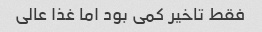
فقط تاخیر کمی بود اما غذا عالی